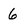
Character: 6